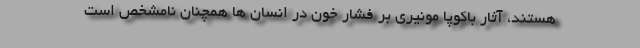
هستند، آثار باکوپا مونیری بر فشار خون در انسان ها همچنان نامشخص است